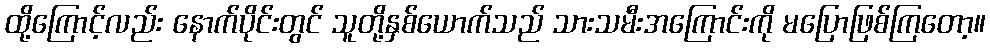
ထို့ကြောင့်လည်း နောက်ပိုင်းတွင် သူတို့နှစ်ယောက်သည် သားသမီးအကြောင်းကို မပြောဖြစ်ကြတော့။